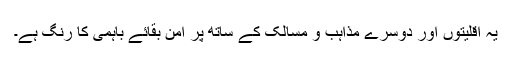
یہ اقلیتوں اور دوسرے مذاہب و مسالک کے ساتھ پر امن بقائے باہمی کا رنگ ہے۔